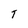
Character: T